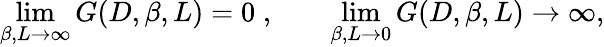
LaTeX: \operatorname*{lim}_{\beta,L\rightarrow\infty}G(D,\beta,L)=0\; ,\; \; \; \; \; \; \; \operatorname*{lim}_{\beta,L\rightarrow 0}G(D,\beta,L)\rightarrow\infty,